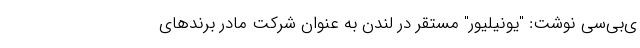
ی‌بی‌سی نوشت: "یونیلیور" مستقر در لندن به عنوان شرکت مادر برندهای